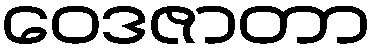
ဝေဒဇာတာ